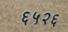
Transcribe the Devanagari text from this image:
६५२६